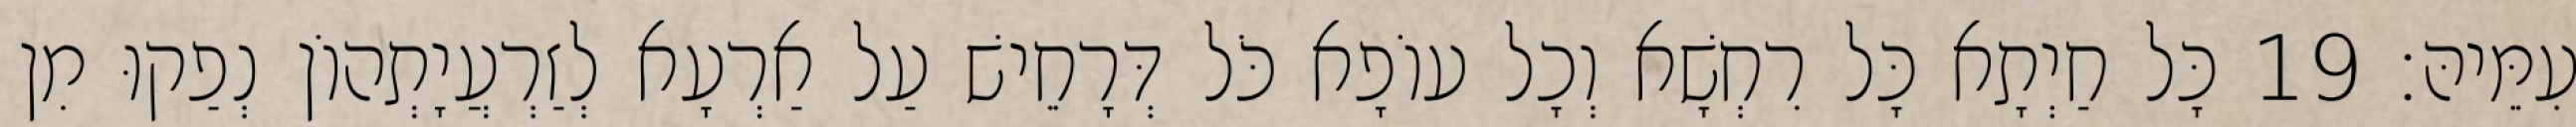
עִמֵּיהּ׃ 19 כָּל חַיְתָא כָּל רִחְשָׁא וְכָל עוֹפָא כֹּל דְּרָחֵישׁ עַל אַרְעָא לְזַרְעֲיָתְהוֹן נְפַקוּ מִן